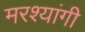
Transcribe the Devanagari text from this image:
मरश्यांगी